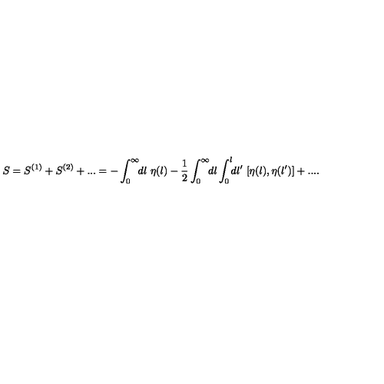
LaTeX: S = S ^ { ( 1 ) } + S ^ { ( 2 ) } + . . . = - \int _ { 0 } ^ { \infty } \! \! d l \ \eta ( l ) - \frac { 1 } { 2 } \int _ { 0 } ^ { \infty } \! \! d l \int _ { 0 } ^ { l } \! \! d l ^ { \prime } \ [ \eta ( l ) , \eta ( l ^ { \prime } ) ] + . . . .